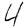
Digit: 4